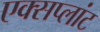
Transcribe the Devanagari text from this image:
एक्सप्लांट